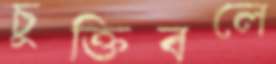
চুক্তিবলে